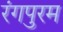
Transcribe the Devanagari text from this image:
रंगपुरम